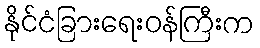
နိုင်ငံခြားရေးဝန်ကြီးက